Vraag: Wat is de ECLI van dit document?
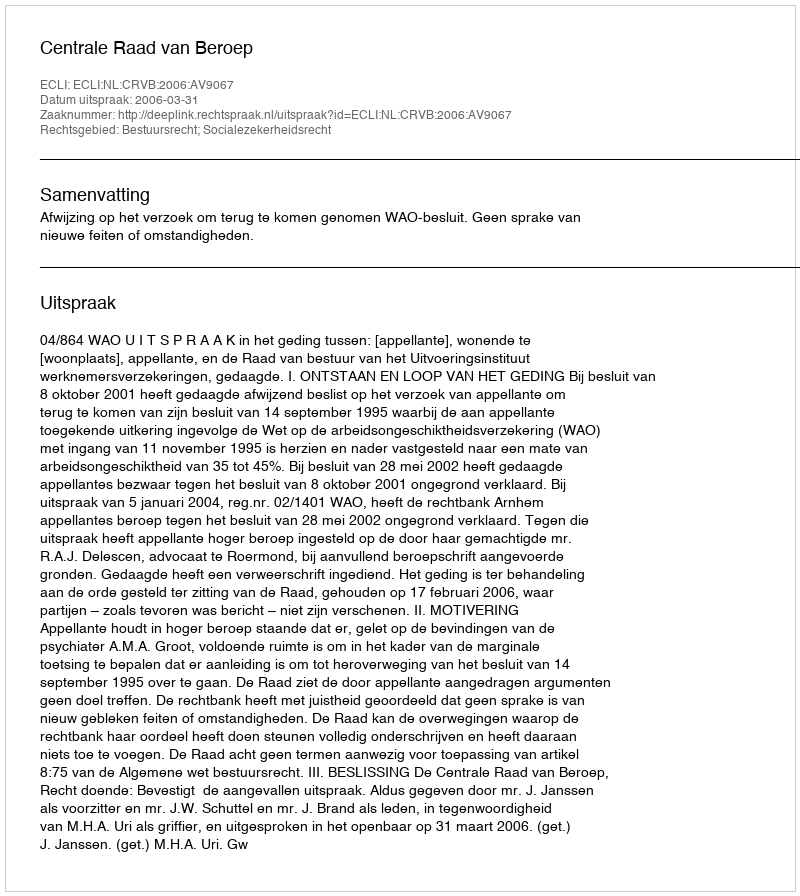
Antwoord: ECLI:NL:CRVB:2006:AV9067